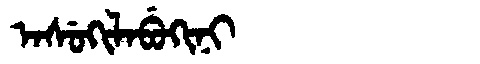
Manchu: ᠠᠰᡠᡴᡳᠯᠠᠪᡠᡴᡳᠨᡳ
Romanization: ASUKILABUKINI